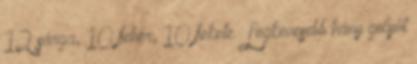
12 sárga, 10 fehér, 10 fekete. Legkevesebb hány golyót